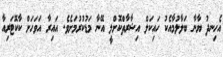
އެހިނދު ޔާނާ ބަލާލުމާއެކު ހައިކަލް އިޝާރާތްކޮށްލީ އޭނާ މަޑުކުރުމަށެވެ. އައިރާ އަވަހަށް ކާކޮޓަރިއާ